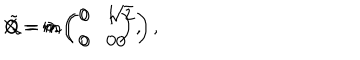
X = m \left( \begin{array} { c c } { { 0 } } & { { 1 } } \\ { { 0 } } & { { 0 } } \\ \end{array} \right) , \hspace { 1 c m } Q = m \left( \begin{array} { c c } { { 0 } } & { { \sqrt { 2 } } } \\ { { 0 } } & { { 0 } } \\ \end{array} \right) , \hspace { 1 c m } \tilde { Q } = 0 .